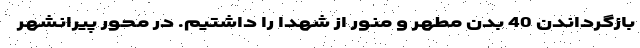
بازگرداندن 40 بدن مطهر و منور از شهدا را داشتیم. در محور پیرانشهر